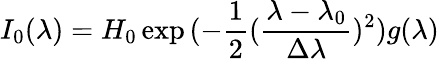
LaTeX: I_{0}(\lambda)=H_{0}\exp{(-\frac{1}{2}(\frac{\lambda-\lambda_{0}}{\Delta\lambda})^{2})}g(\lambda)